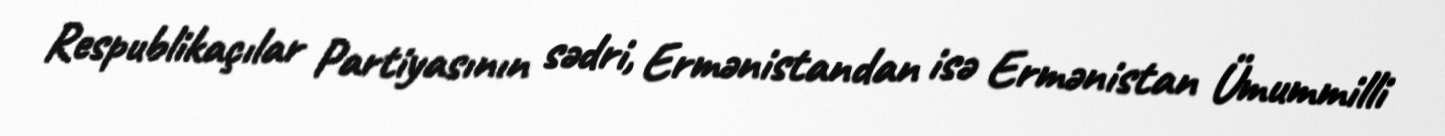
Respublikaçılar Partiyasının sədri, Ermənistandan isə Ermənistan Ümummilli